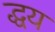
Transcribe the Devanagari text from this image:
द्धय